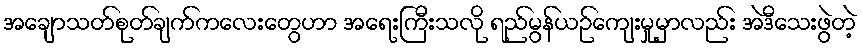
အချောသတ်စုတ်ချက်ကလေးတွေဟာ အရေးကြီးသလို ရည်မွန်ယဉ်ကျေးမှုမှာလည်း အဲဒီသေးဖွဲတဲ့